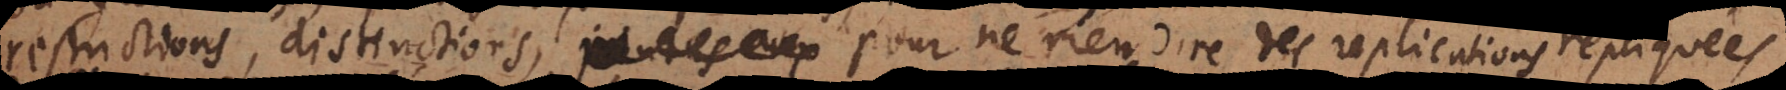
restrictions, distinctions, pour ne rien dire des repliques